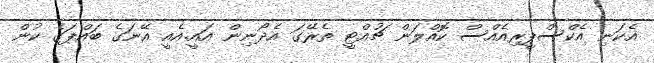
އެކަނި އެކްސްޕީރިއެއްސް ކޮއްލަން ޗުއްޓީ ތެރޭގަ އެދޯނިން އައީ.އެއީ އޭނަގެ ބައްޕަގެ ކުން